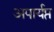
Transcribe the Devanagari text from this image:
अपार्यप्त